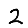
Digit: 2